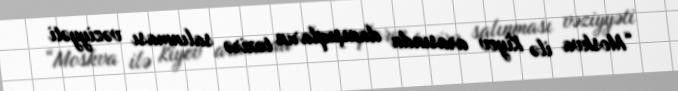
“Moskva ilə Kiyev arasında danışıqların təxirə salınması vəziyyəti